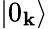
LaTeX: \left|0_{\mathbf{k}}\right\rangle